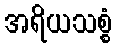
အရိယသစ္စံ